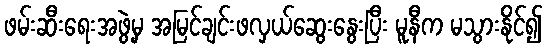
ဖမ်းဆီးရေးအဖွဲ့မှ အမြင်ချင်းဖလှယ်ဆွေးနွေးပြီး မူနီက မသွားနိုင်၍